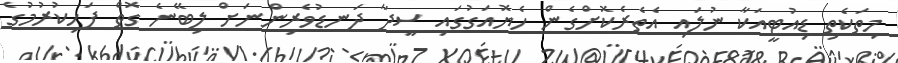
މިތަކެތި ޑިއުޓީއަކާ ނުލައި އެތެރެކޮށްގެން ހެޔޮއަގުގައި ސީދާ ދަނޑުވެރިންނަށް ލިބޭނެ ގޮތް ފަހިކުރުމުގެ